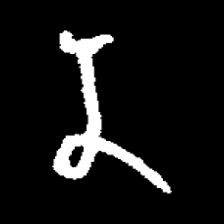
Pyu character \u2014 Myanmar letter: န (romanized: na)